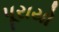
પૂરાયો